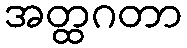
အတ္ထဂတာ